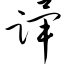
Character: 跸